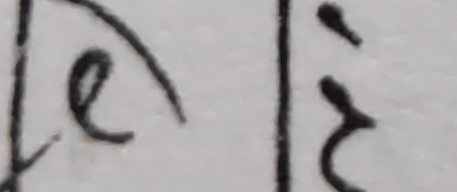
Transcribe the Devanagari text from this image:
ए । २